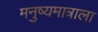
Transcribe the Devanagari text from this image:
मनुष्यमात्राला